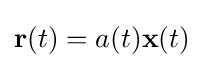
\mathbf {r} (t)=a(t)\mathbf {x} (t)